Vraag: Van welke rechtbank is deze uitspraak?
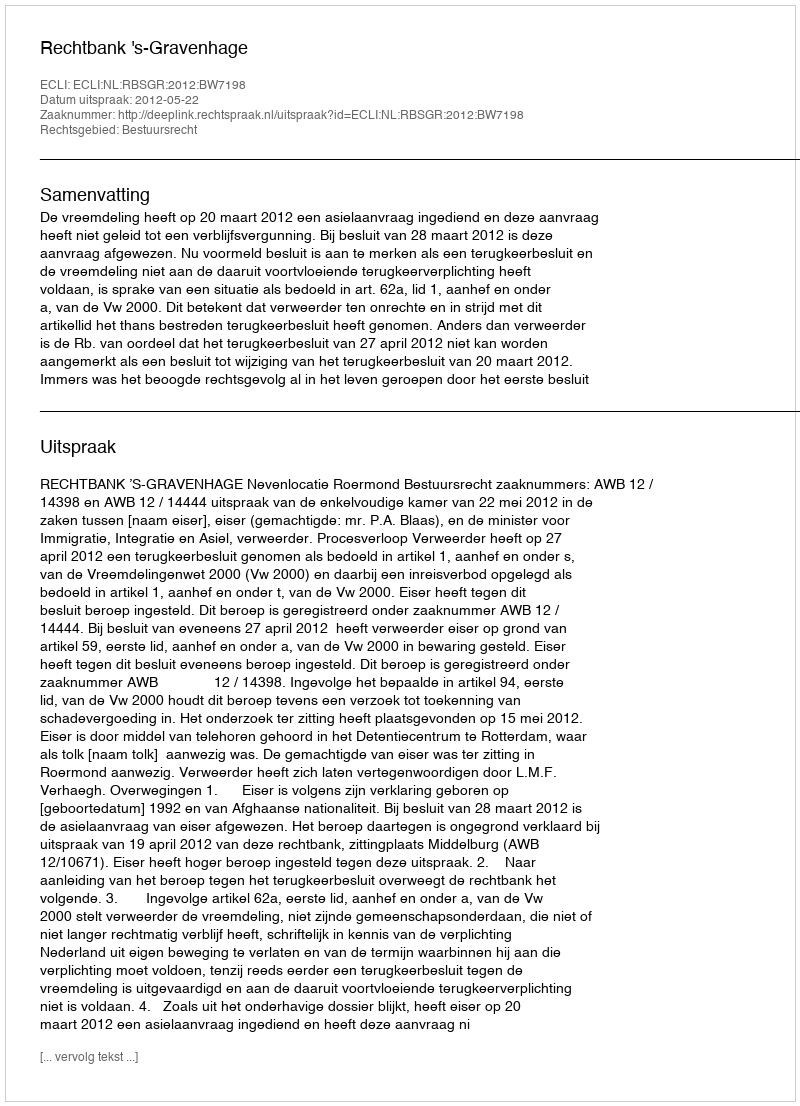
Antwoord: Rechtbank 's-Gravenhage